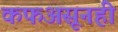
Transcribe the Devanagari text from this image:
कफअसूनही